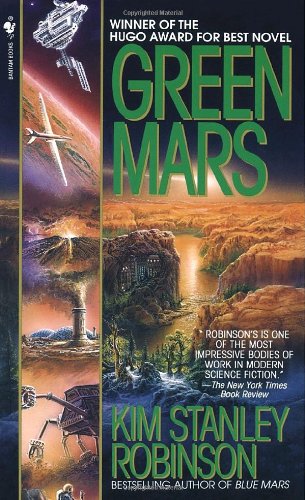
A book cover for Green Mars (Mars Trilogy); Kim Stanley Robinson; Science Fiction & Fantasy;